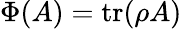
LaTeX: \Phi(A)=\operatorname{tr}(\rho A)